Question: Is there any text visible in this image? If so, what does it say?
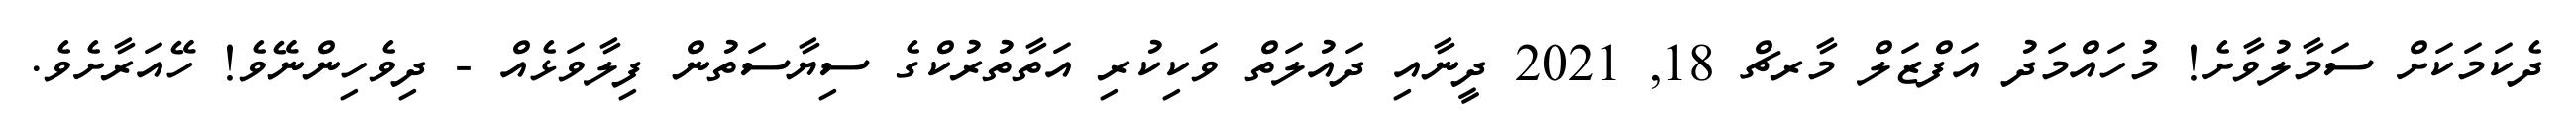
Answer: ދެކަމަކަށް ސަމާލުވާށެ! މުހައްމަދު އަފްޒަލް މާރޗް 18, 2021 ދީނާއި ދައުލަތް ވަކިކުރި އަތާތުރުކްގެ ސިޔާސަތުން ފިލާވަޅެއް - ދިވެހިންނޭވެ! ހޭއަރާށެވެ.